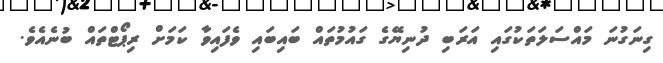
ގިނަގުނަ މައްސަލަތަކުގައި އަރަބި ދުނިޔޭގެ ގައުމުތައް ބައިބައި ވެފައިވާ ކަމަށް ރިޕޯޓްތައް ބުނެއެވެ.